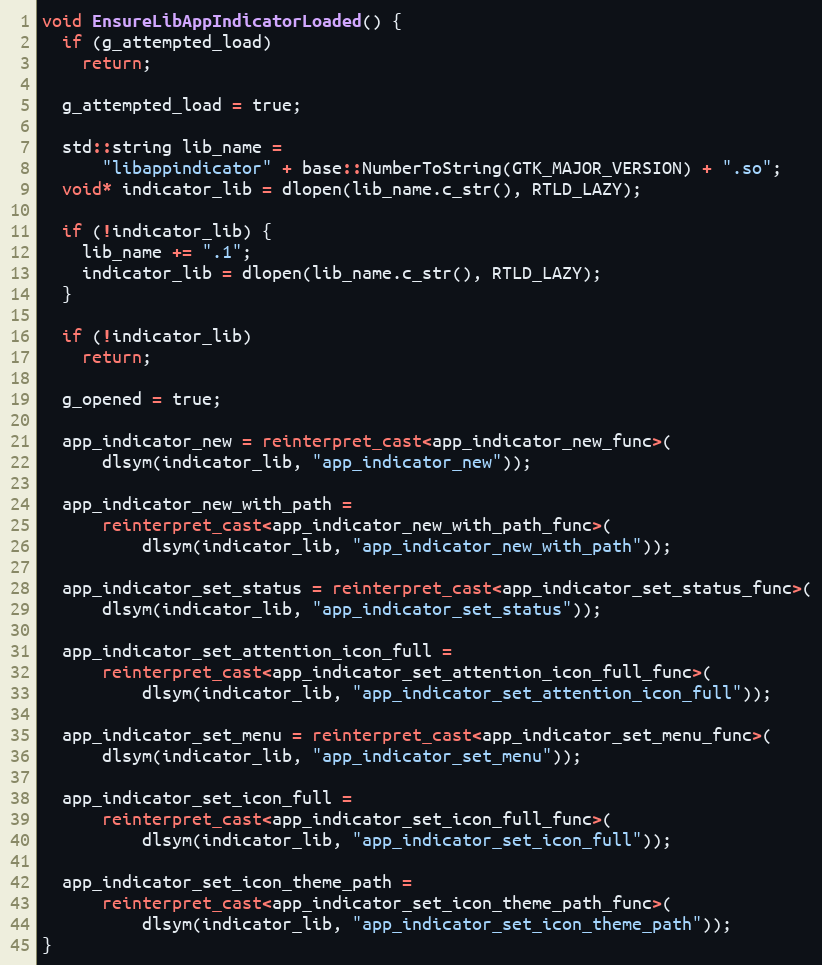
Language: C++
void EnsureLibAppIndicatorLoaded() {
  if (g_attempted_load)
    return;

  g_attempted_load = true;

  std::string lib_name =
      "libappindicator" + base::NumberToString(GTK_MAJOR_VERSION) + ".so";
  void* indicator_lib = dlopen(lib_name.c_str(), RTLD_LAZY);

  if (!indicator_lib) {
    lib_name += ".1";
    indicator_lib = dlopen(lib_name.c_str(), RTLD_LAZY);
  }

  if (!indicator_lib)
    return;

  g_opened = true;

  app_indicator_new = reinterpret_cast<app_indicator_new_func>(
      dlsym(indicator_lib, "app_indicator_new"));

  app_indicator_new_with_path =
      reinterpret_cast<app_indicator_new_with_path_func>(
          dlsym(indicator_lib, "app_indicator_new_with_path"));

  app_indicator_set_status = reinterpret_cast<app_indicator_set_status_func>(
      dlsym(indicator_lib, "app_indicator_set_status"));

  app_indicator_set_attention_icon_full =
      reinterpret_cast<app_indicator_set_attention_icon_full_func>(
          dlsym(indicator_lib, "app_indicator_set_attention_icon_full"));

  app_indicator_set_menu = reinterpret_cast<app_indicator_set_menu_func>(
      dlsym(indicator_lib, "app_indicator_set_menu"));

  app_indicator_set_icon_full =
      reinterpret_cast<app_indicator_set_icon_full_func>(
          dlsym(indicator_lib, "app_indicator_set_icon_full"));

  app_indicator_set_icon_theme_path =
      reinterpret_cast<app_indicator_set_icon_theme_path_func>(
          dlsym(indicator_lib, "app_indicator_set_icon_theme_path"));
}